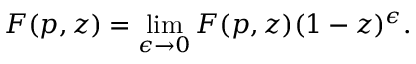
F ( p , z ) = \operatorname * { l i m } _ { \epsilon \rightarrow 0 } F ( p , z ) ( 1 - z ) ^ { \epsilon } .